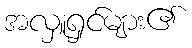
အလှူရှင်များ၏